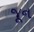
જૂૂન